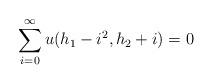
LaTeX: \begin{align*}\sum_{i=0 }^\infty u(h_1-i^2,h_2+i)=0\end{align*}